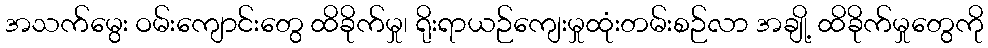
အသက်မွေး ဝမ်းကျောင်းတွေ ထိခိုက်မှု၊ ရိုးရာယဉ်ကျေးမှုထုံးတမ်းစဉ်လာ အချို့ ထိခိုက်မှုတွေကို